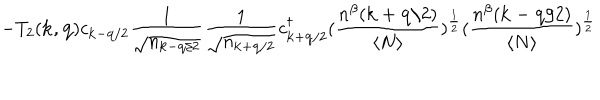
LaTeX: - T _ { 2 } ( { \bf { k } } , { \bf { q } } ) c _ { { \bf { k } } - { \bf { q } } / 2 } \frac { 1 } { \sqrt { n _ { { \bf { k } } - { \bf { q } } / 2 } } } \frac { 1 } { \sqrt { n _ { { \bf { k } } + { \bf { q } } / 2 } } } c _ { { \bf { k } } + { \bf { q } } / 2 } ^ { \dagger } ( \frac { n ^ { \beta } ( { \bf { k } } + { \bf { q } } / 2 ) } { \langle N \rangle } ) ^ { \frac { 1 } { 2 } } ( \frac { n ^ { \beta } ( { \bf { k } } - { \bf { q } } / 2 ) } { \langle N \rangle } ) ^ { \frac { 1 } { 2 } }